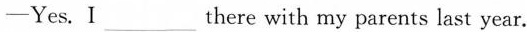
——Yes.Ⅰ___ there with my parents last year.